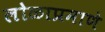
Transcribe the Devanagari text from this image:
लोळाप्रमाणे